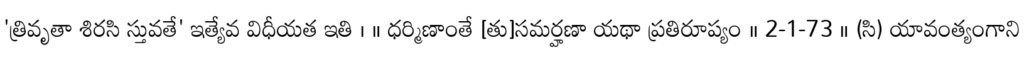
'త్రివృతా శిరసి స్తువతే' ఇత్యేవ విధీయత ఇతి । ॥ ధర్మిణాంతే [తు]సమర్హణా యథా ప్రతిరూప్యం ॥ 2-1-73 ॥ (సి) యావంత్యంగాని